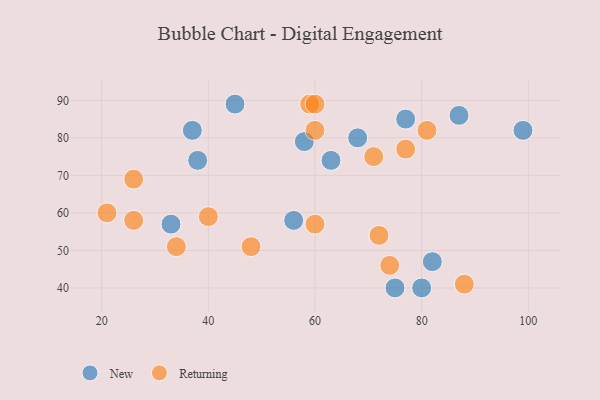
{"axis": {"x": "GDP", "y": "Life Expectancy"}, "legend": ["New", "Returning"], "data": [{"x": "63", "y": 74, "type": "New"}, {"x": "38", "y": 74, "type": "New"}, {"x": "75", "y": 40, "type": "New"}, {"x": "87", "y": 86, "type": "New"}, {"x": "58", "y": 79, "type": "New"}, {"x": "68", "y": 80, "type": "New"}, {"x": "82", "y": 47, "type": "New"}, {"x": "99", "y": 82, "type": "New"}, {"x": "33", "y": 57, "type": "New"}, {"x": "56", "y": 58, "type": "New"}, {"x": "77", "y": 85, "type": "New"}, {"x": "45", "y": 89, "type": "New"}, {"x": "80", "y": 40, "type": "New"}, {"x": "37", "y": 82, "type": "New"}, {"x": "88", "y": 41, "type": "Returning"}, {"x": "74", "y": 46, "type": "Returning"}, {"x": "59", "y": 89, "type": "Returning"}, {"x": "72", "y": 54, "type": "Returning"}, {"x": "34", "y": 51, "type": "Returning"}, {"x": "81", "y": 82, "type": "Returning"}, {"x": "21", "y": 60, "type": "Returning"}, {"x": "60", "y": 82, "type": "Returning"}, {"x": "71", "y": 75, "type": "Returning"}, {"x": "60", "y": 89, "type": "Returning"}, {"x": "77", "y": 77, "type": "Returning"}, {"x": "26", "y": 69, "type": "Returning"}, {"x": "60", "y": 57, "type": "Returning"}, {"x": "40", "y": 59, "type": "Returning"}, {"x": "48", "y": 51, "type": "Returning"}, {"x": "26", "y": 58, "type": "Returning"}]}